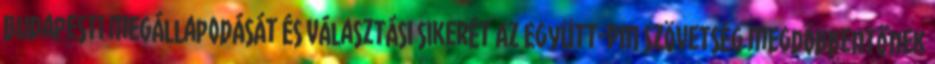
budapesti megállapodását és választási sikerét Az Együtt-PM Szövetség megdöbbentőnek